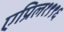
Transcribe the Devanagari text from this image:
एप्रिल१९९६